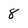
Character: 8